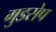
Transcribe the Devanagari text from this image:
गुडसेप